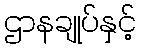
ဌာနချုပ်နှင့်